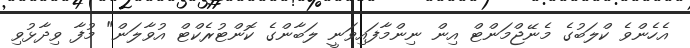
އެހެންވެ ކްލަބުގެ މެނޭޖްމަންޓް އިން ނިންމާފައިވަނީ ލަބާންގެ ކޮންޓުރެކްޓް އުވާލަން" މުފާ ވިދާޅުވި